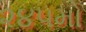
૨૪૫મો